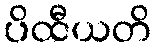
ပိထီယတိ